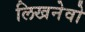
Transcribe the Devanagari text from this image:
लिखनेवो